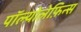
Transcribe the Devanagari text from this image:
पॉल्योलेफ़िन्स